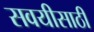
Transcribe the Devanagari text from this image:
सवयीसाठी